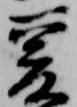
爰